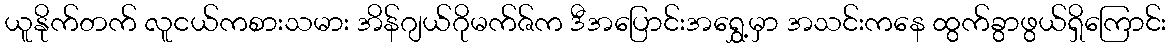
ယူနိုက်တက် လူငယ်ကစားသမား အိန်ဂျယ်ဂိုမက်ဇ်က ဒီအပြောင်းအရွှေ့မှာ အသင်းကနေ ထွက်ခွာဖွယ်ရှိကြောင်း